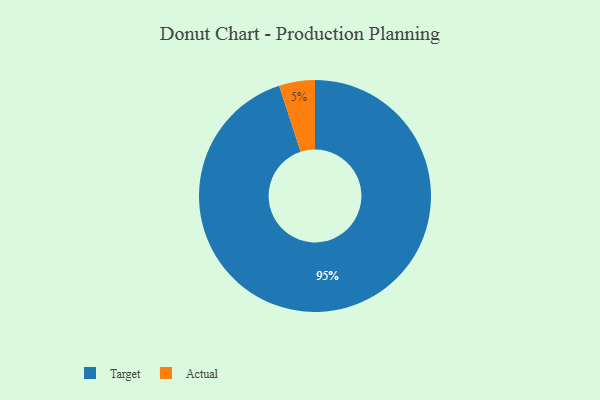
{"axis": {"x": "Category", "y": "Percentage"}, "legend": ["Actual", "Target"], "data": [{"x": "Target", "y": 95, "type": "Target"}, {"x": "Actual", "y": 5, "type": "Actual"}]}